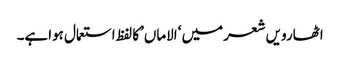
اٹھارویں شعر میں ‘الاماں’کا لفظ استعمال ہواہے۔